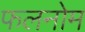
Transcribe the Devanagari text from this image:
फलनोम